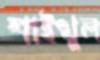
শাইখুল